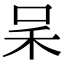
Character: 𠰓